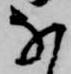
な